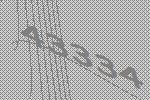
43334